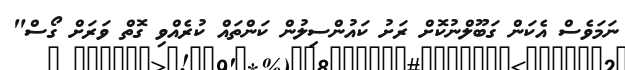
ނަމަވެސް އެކަން ގަބޫލްނުކޮށް ރަށު ކައުންސިލުން ކަންތައް ކުރެއްވި ގޮތް ވަރަށް ގޯސް"